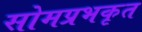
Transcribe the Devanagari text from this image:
सोमप्रभकृत